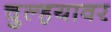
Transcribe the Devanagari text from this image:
चुल्हयावर